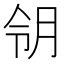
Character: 𱢸